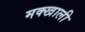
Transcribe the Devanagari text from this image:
मक्खाली